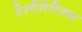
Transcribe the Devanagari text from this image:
टेलीमेटिक्स